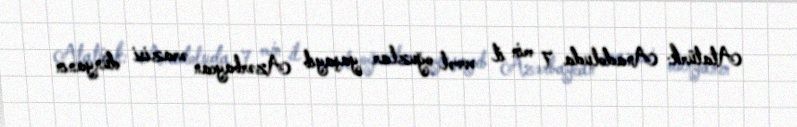
Atatürk: Anadoluda 7 min il əvvəl oğuzlar yaşayıb Azərbaycan ərazisi dünyanın